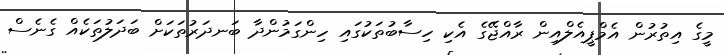
މީގެ އިތުރުން އެމްޕީއެލްއިން ރާއްޖޭގެ އެކި ހިސާބުތަކުގައި ހިންގަމުންދާ ބަނދަރުތަކަށް ބަދަލުތަކެއް ގެނެސް